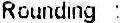
ROUNDING :